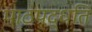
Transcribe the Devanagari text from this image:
पाठपद्धति